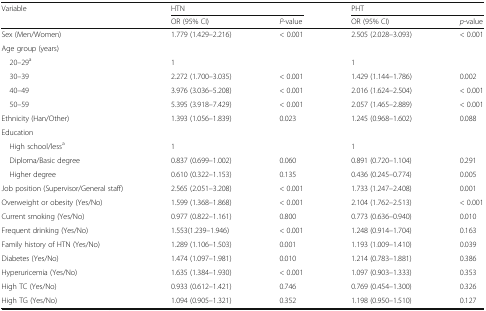
<table><thead><tr><td rowspan="2"><b>Variable</b></td><td colspan="2"><b>HTN</b></td><td colspan="2"><b>PHT</b></td></tr><tr><td><b>OR (95% CI)</b></td><td><b><i>P</i>-value</b></td><td><b>OR (95% CI)</b></td><td><b><i>p</i>-value</b></td></tr></thead><tbody><tr><td>Sex (Men/Women)</td><td>1.779 (1.429–2.216)</td><td>&lt; 0.001</td><td>2.505 (2.028–3.093)</td><td>&lt; 0.001</td></tr><tr><td colspan="5">Age group (years)</td></tr><tr><td> 20–29<sup>a</sup></td><td>1</td><td></td><td>1</td><td></td></tr><tr><td> 30–39</td><td>2.272 (1.700–3.035)</td><td>&lt; 0.001</td><td>1.429 (1.144–1.786)</td><td>0.002</td></tr><tr><td> 40–49</td><td>3.976 (3.036–5.208)</td><td>&lt; 0.001</td><td>2.016 (1.624–2.504)</td><td>&lt; 0.001</td></tr><tr><td> 50–59</td><td>5.395 (3.918–7.429)</td><td>&lt; 0.001</td><td>2.057 (1.465–2.889)</td><td>&lt; 0.001</td></tr><tr><td>Ethnicity (Han/Other)</td><td>1.393 (1.056–1.839)</td><td>0.023</td><td>1.245 (0.968–1.602)</td><td>0.088</td></tr><tr><td colspan="5">Education</td></tr><tr><td> High school/less<sup>a</sup></td><td>1</td><td></td><td>1</td><td></td></tr><tr><td> Diploma/Basic degree</td><td>0.837 (0.699–1.002)</td><td>0.060</td><td>0.891 (0.720–1.104)</td><td>0.291</td></tr><tr><td> Higher degree</td><td>0.610 (0.322–1.153)</td><td>0.135</td><td>0.436 (0.245–0.774)</td><td>0.005</td></tr><tr><td>Job position (Supervisor/General staff)</td><td>2.565 (2.051–3.208)</td><td>&lt; 0.001</td><td>1.733 (1.247–2.408)</td><td>0.001</td></tr><tr><td>Overweight or obesity (Yes/No)</td><td>1.599 (1.368–1.868)</td><td>&lt; 0.001</td><td>2.104 (1.762–2.513)</td><td>&lt; 0.001</td></tr><tr><td>Current smoking (Yes/No)</td><td>0.977 (0.822–1.161)</td><td>0.800</td><td>0.773 (0.636–0.940)</td><td>0.010</td></tr><tr><td>Frequent drinking (Yes/No)</td><td>1.553(1.239–1.946)</td><td>&lt; 0.001</td><td>1.248 (0.914–1.704)</td><td>0.163</td></tr><tr><td>Family history of HTN (Yes/No)</td><td>1.289 (1.106–1.503)</td><td>0.001</td><td>1.193 (1.009–1.410)</td><td>0.039</td></tr><tr><td>Diabetes (Yes/No)</td><td>1.474 (1.097–1.981)</td><td>0.010</td><td>1.214 (0.783–1.881)</td><td>0.386</td></tr><tr><td>Hyperuricemia (Yes/No)</td><td>1.635 (1.384–1.930)</td><td>&lt; 0.001</td><td>1.097 (0.903–1.333)</td><td>0.353</td></tr><tr><td>High TC (Yes/No)</td><td>0.933 (0.612–1.421)</td><td>0.746</td><td>0.769 (0.454–1.300)</td><td>0.326</td></tr><tr><td>High TG (Yes/No)</td><td>1.094 (0.905–1.321)</td><td>0.352</td><td>1.198 (0.950–1.510)</td><td>0.127</td></tr></tbody></table>